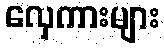
လှေကားများ